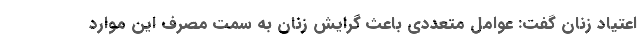
اعتیاد زنان گفت: عوامل متعددی باعث گرایش زنان به سمت مصرف این موارد